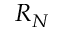
R _ { N }